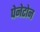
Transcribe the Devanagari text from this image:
पेनेटोन